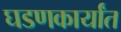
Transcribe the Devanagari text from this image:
घडणकार्यांत